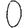
Digit: 0